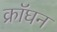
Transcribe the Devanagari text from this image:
क्रॉघन